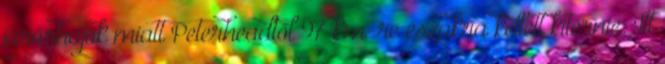
járőrhajók miatt Peterheadtől 97 km-re északra kellett kitérnie. Itt